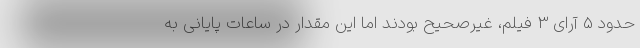
حدود 5 آرای 3 فیلم، غیرصحیح بودند اما این مقدار در ساعات پایانی به